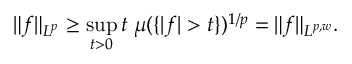
\| f \| _ { L ^ { p } } \geq \operatorname* { s u p } _ { t > 0 } t \; \mu ( \{ | f | > t \} ) ^ { 1 / p } = \| f \| _ { L ^ { p , w } } .